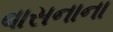
વાસનાના